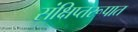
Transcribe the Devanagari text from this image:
संक्षिप्तरूपात